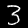
Digit: 3